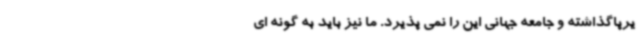
یرپاگذاشته و جامعه جهانی این را نمی پذیرد. ما نیز باید به گونه ای